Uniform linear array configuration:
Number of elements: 64
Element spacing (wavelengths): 0.5
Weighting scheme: exponential
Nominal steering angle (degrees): -45
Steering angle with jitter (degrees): -45.043
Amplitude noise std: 0.05
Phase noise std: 0.05

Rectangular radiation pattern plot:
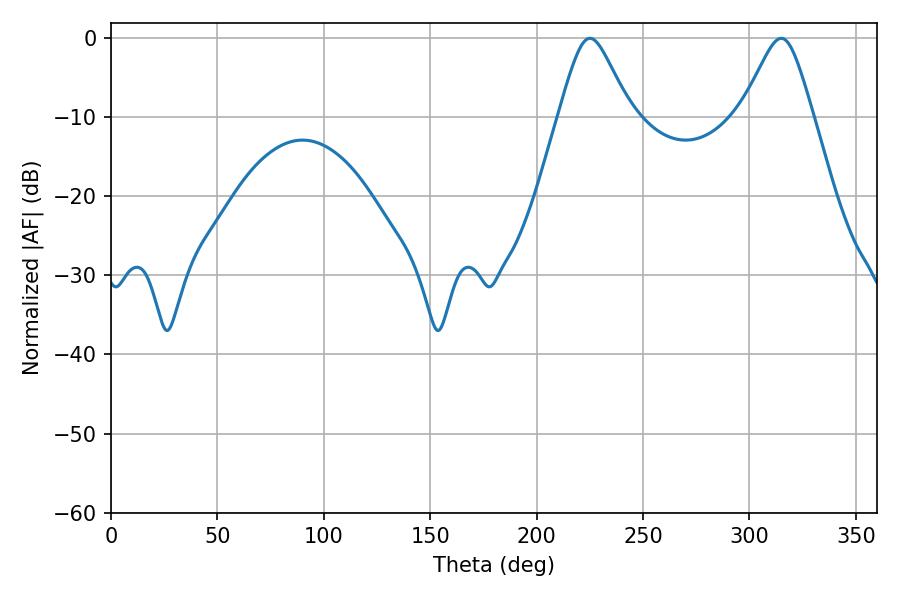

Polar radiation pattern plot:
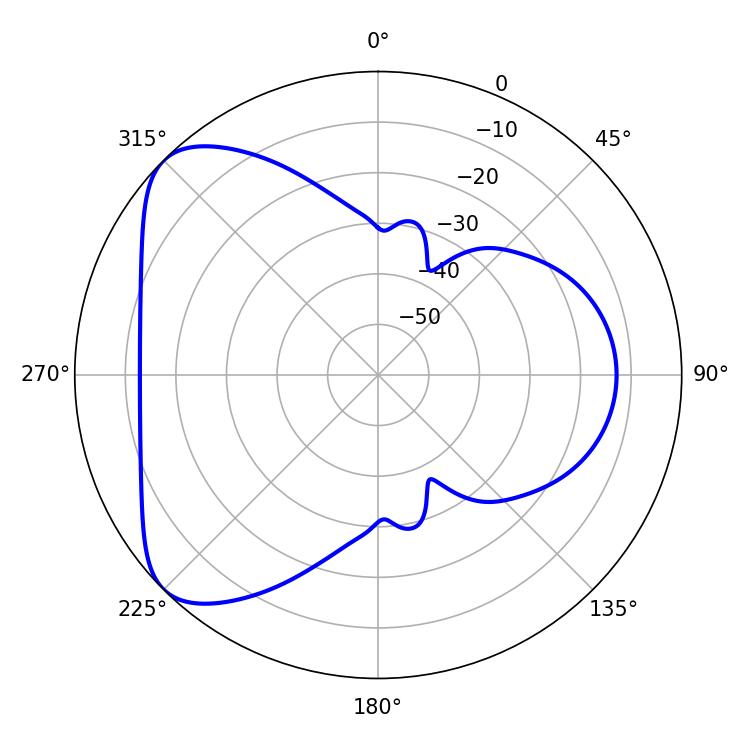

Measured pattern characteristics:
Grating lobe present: FALSE
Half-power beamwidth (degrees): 16.2
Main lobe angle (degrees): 225